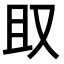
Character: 𫨶